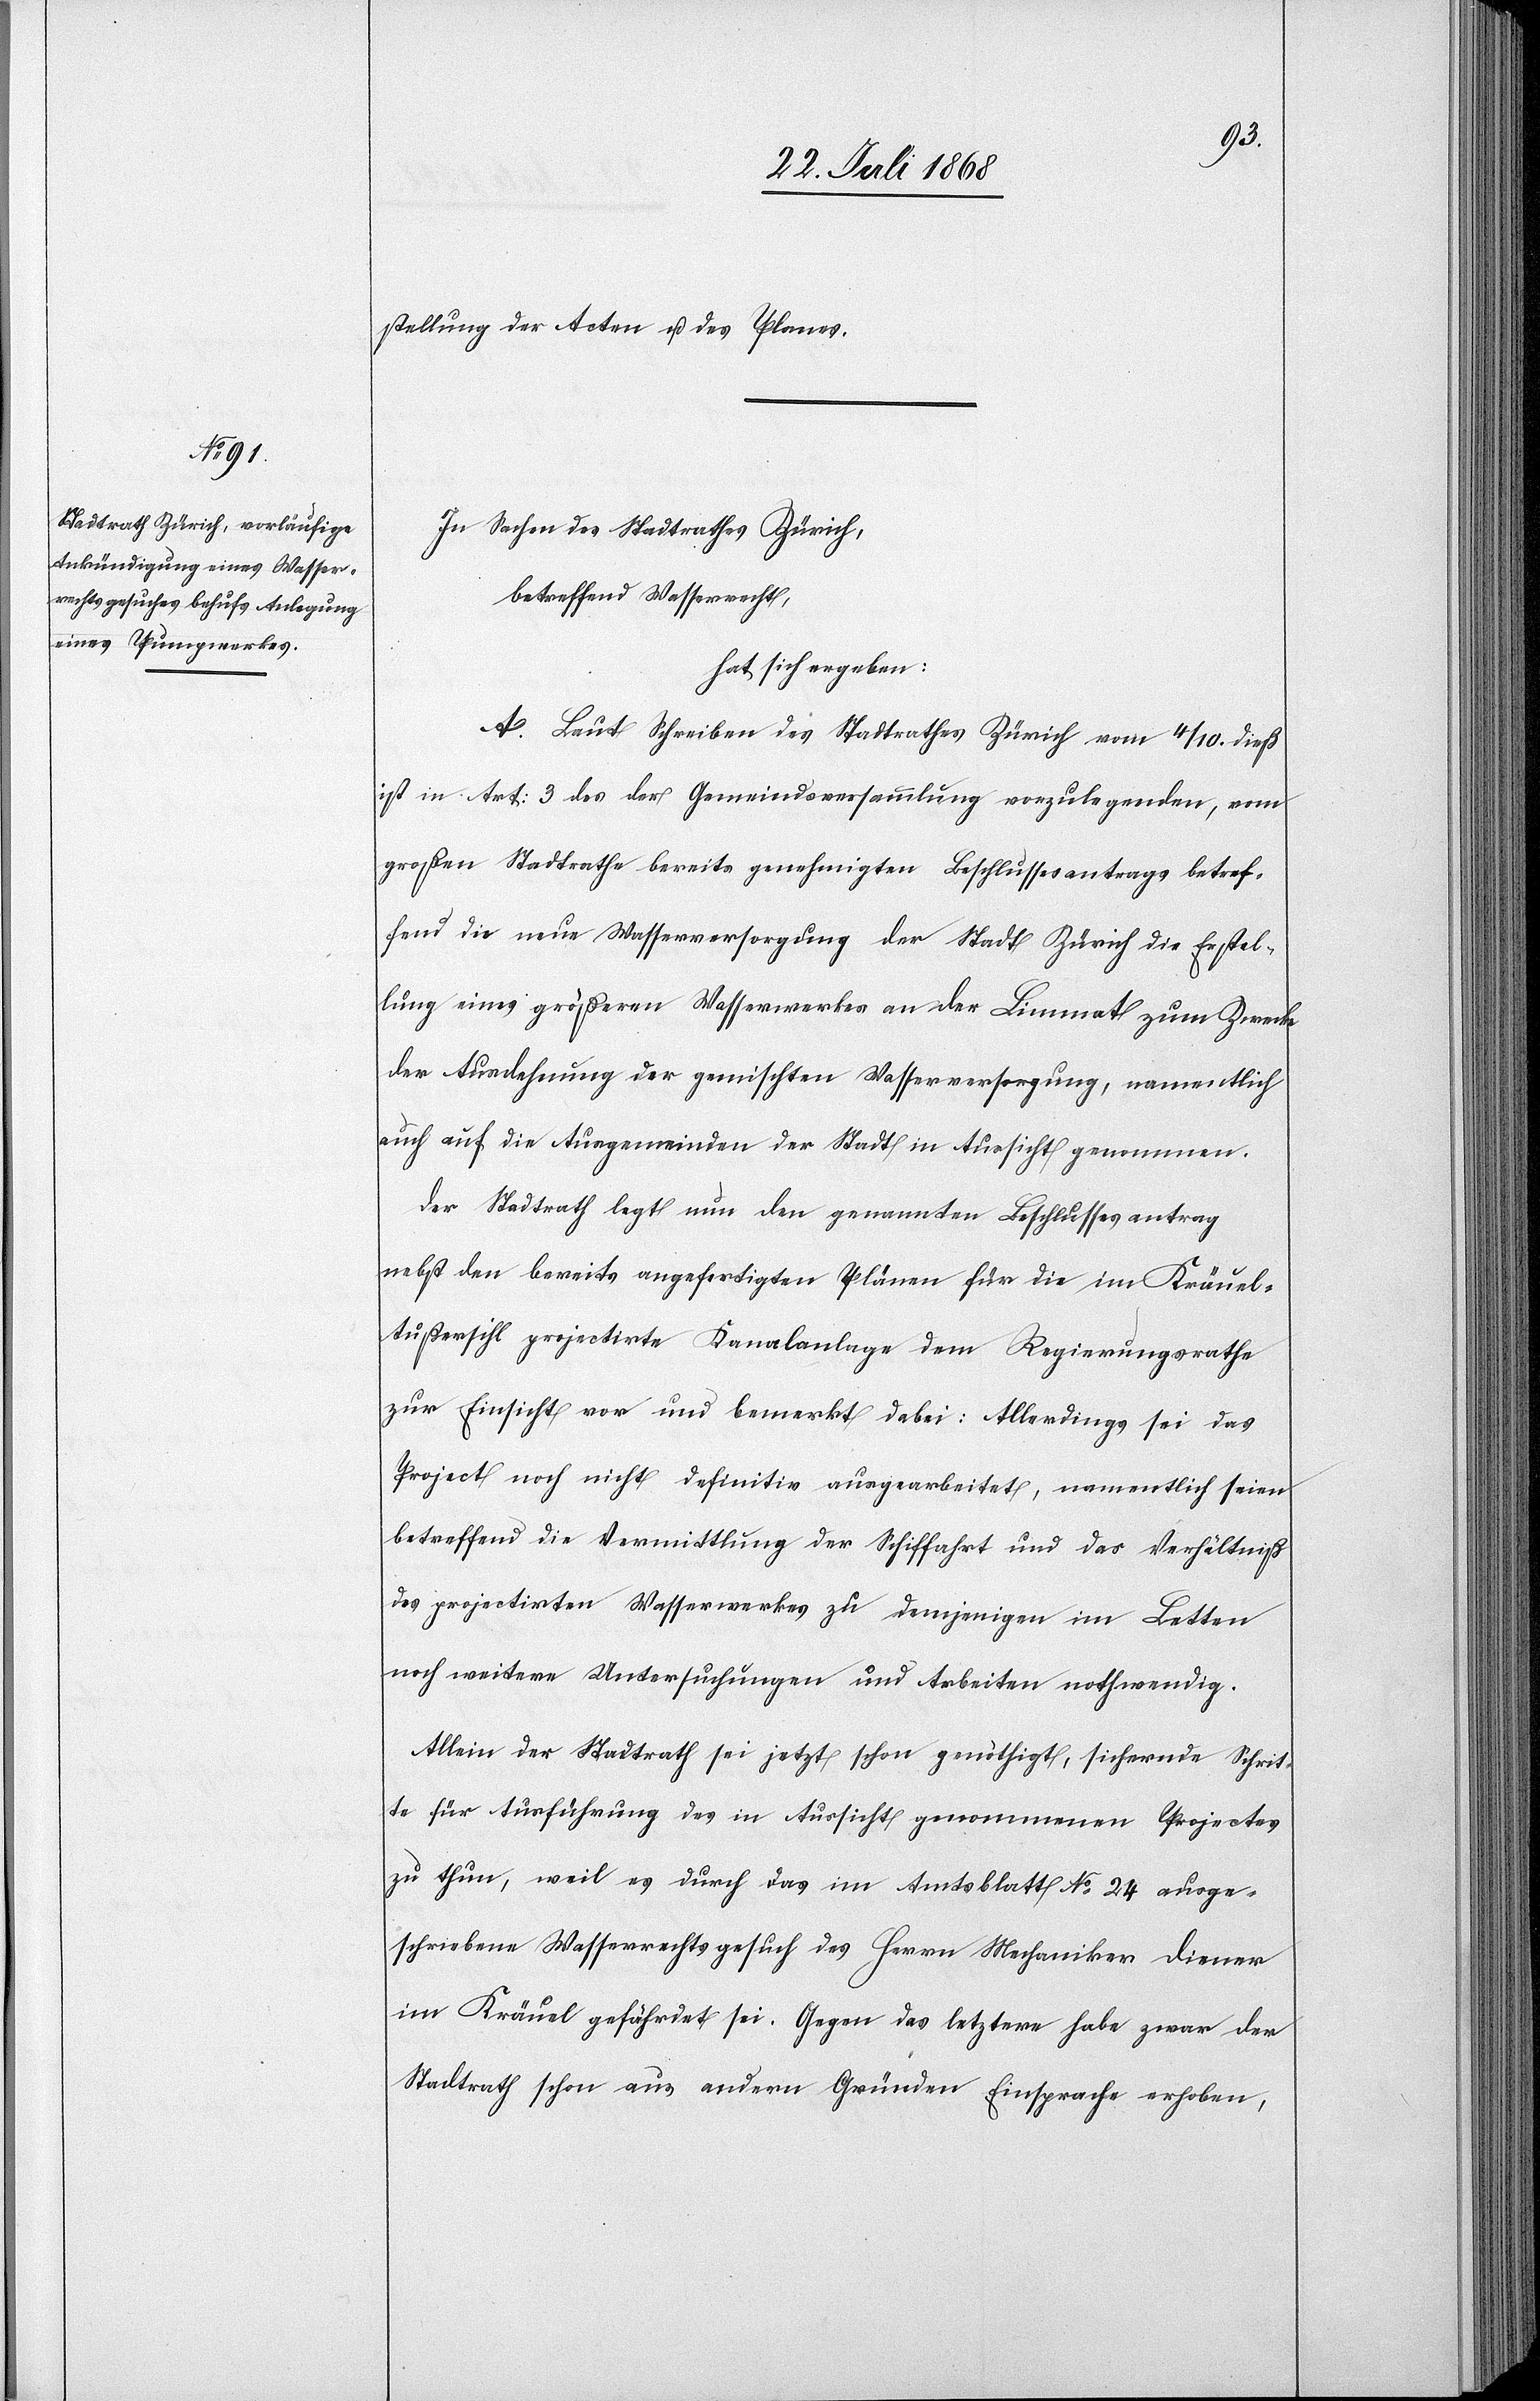
stellung der Acten u. des Planes.
In Sachen des Stadtrathes Zürich,
betreffend Wasserrecht,
hat sich ergeben:
A. Laut Schreiben des Stadtrathes Zürich vom 4/10. dieß
ist in Art: 3 des der Gemeindsversammlung vorzulegenden, vom
großen Stadtrathe bereits genehmigten Beschlussesantrags betref¬
fend die neue Wasserversorgung der Stadt Zürich die Erstel¬
lung eines größeren Wasserwerkes an der Limmat zum Zwecke
der Ausdehnung der gemischten Wasserversorgung, namentlich
auch auf die Ausgemeinden der Stadt in Aussicht genommen.
Der Stadtrath legt nun den genannten Beschlussesantrag
nebst den bereits angefertigten Plänen für die im Kräuel -
Außersihl projectirte Kanalanlage dem Regierungsrathe
zur Einsicht vor und bemerkt dabei: Allerdings sei das
Projekt noch nicht definitiv ausgearbeitet, namentlich seien
betreffend die Vermittlung der Schiffahrt und das Verhältniß
des projektirten Wasserwerkes zu demjenigen im Letten
noch weitere Untersuchungen und Arbeiten nothwendig.
Allein der Stadtrath sei jetzt schon genöthigt, sichernde Schrit¬
te für Ausführung des in Aussicht genommenen Projectes
zu thun, weil es durch das im Amtsblatt No 24 ausge¬
schriebene Wasserrechtsgesuch des Herrn Mechaniker Diener
im Kräuel gefährdet sei. Gegen das letztere habe zwar der
Stadtrath schon aus andern Gründen Einsprache erhoben,